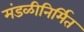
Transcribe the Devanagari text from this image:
मंडळीनिर्मित